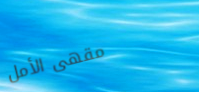
مقهى الأمل